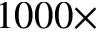
1 0 0 0 \times